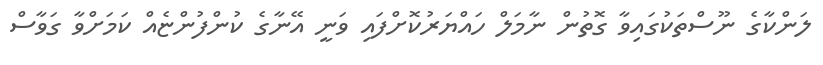
ލަންކާގެ ނޫސްތަކުގައިވާ ގޮތުން ނާމަލް ހައްޔަރުކޮށްފައި ވަނީ އޭނާގެ ކުންފުންޏެއް ކަމަށްވާ ގަވާސް